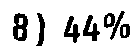
8) 44%